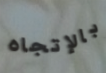
بالإتجاه